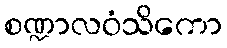
စဏ္ဍာလဝံသိကော